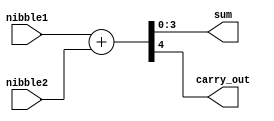
module adder(nibble1, nibble2, sum, carry_out);  
input  [3:0] nibble1;  
input  [3:0] nibble2;  
output [3:0] sum;  
output carry_out;  
wire [4:0] temp; 
  
  assign temp = nibble1 + nibble2;  
  assign sum = temp [3:0];  
  assign carry_out  = temp [4];  
endmodule